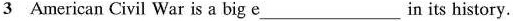
3 American Civil War is a big e___in its history.